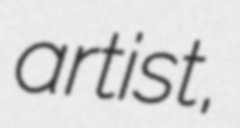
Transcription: artist,